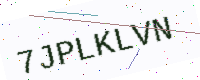
Text: 7JPLKLVN